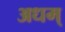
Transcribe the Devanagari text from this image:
अधम्